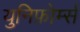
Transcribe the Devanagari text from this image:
युनिफ़ोर्म्स